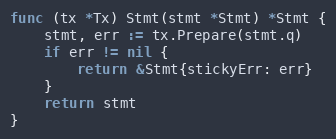
Language: Go
func (tx *Tx) Stmt(stmt *Stmt) *Stmt {
	stmt, err := tx.Prepare(stmt.q)
	if err != nil {
		return &Stmt{stickyErr: err}
	}
	return stmt
}